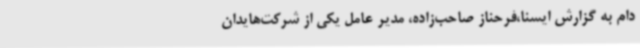
دام به گزارش ایسنا،فرحناز صاحب‌زاده، مدیر عامل یکی از شرکت‌هایدان